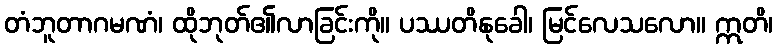
တံဘူတာဂမဏံ၊ ထိုဘုတ်၏လာခြင်းကို။ ပဿတိနုခေါ၊ မြင်လေသလော။ ဣတိ၊